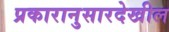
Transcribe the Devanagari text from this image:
प्रकारानुसारदेखील